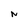
Character: N